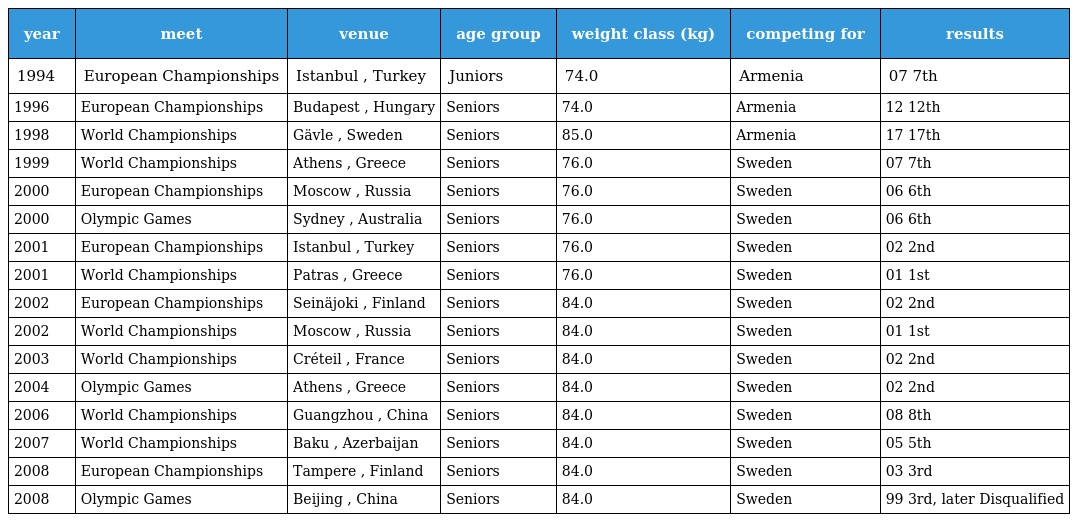
| year | meet | venue | age group | weight class (kg) | competing for | results |
 | --- | --- | --- | --- | --- | --- | --- |
 | 1994 | European Championships | Istanbul , Turkey | Juniors | 74.0 | Armenia | 07 7th |
 | 1996 | European Championships | Budapest , Hungary | Seniors | 74.0 | Armenia | 12 12th |
 | 1998 | World Championships | Gävle , Sweden | Seniors | 85.0 | Armenia | 17 17th |
 | 1999 | World Championships | Athens , Greece | Seniors | 76.0 | Sweden | 07 7th |
 | 2000 | European Championships | Moscow , Russia | Seniors | 76.0 | Sweden | 06 6th |
 | 2000 | Olympic Games | Sydney , Australia | Seniors | 76.0 | Sweden | 06 6th |
 | 2001 | European Championships | Istanbul , Turkey | Seniors | 76.0 | Sweden | 02 2nd |
 | 2001 | World Championships | Patras , Greece | Seniors | 76.0 | Sweden | 01 1st |
 | 2002 | European Championships | Seinäjoki , Finland | Seniors | 84.0 | Sweden | 02 2nd |
 | 2002 | World Championships | Moscow , Russia | Seniors | 84.0 | Sweden | 01 1st |
 | 2003 | World Championships | Créteil , France | Seniors | 84.0 | Sweden | 02 2nd |
 | 2004 | Olympic Games | Athens , Greece | Seniors | 84.0 | Sweden | 02 2nd |
 | 2006 | World Championships | Guangzhou , China | Seniors | 84.0 | Sweden | 08 8th |
 | 2007 | World Championships | Baku , Azerbaijan | Seniors | 84.0 | Sweden | 05 5th |
 | 2008 | European Championships | Tampere , Finland | Seniors | 84.0 | Sweden | 03 3rd |
 | 2008 | Olympic Games | Beijing , China | Seniors | 84.0 | Sweden | 99 3rd, later Disqualified |